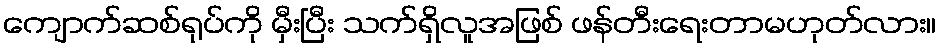
ကျောက်ဆစ်ရုပ်ကို မှီးပြီး သက်ရှိလူအဖြစ် ဖန်တီးရေးတာမဟုတ်လား။